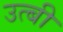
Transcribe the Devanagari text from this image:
उत्बी